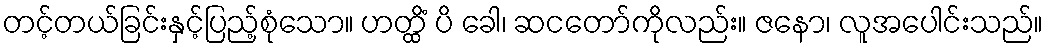
တင့်တယ်ခြင်းနှင့်ပြည့်စုံသော။ ဟတ္ထိံ ပိ ခေါ၊ ဆငတော်ကိုလည်း။ ဇနော၊ လူအပေါင်းသည်။